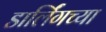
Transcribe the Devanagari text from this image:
डार्लिंगच्या